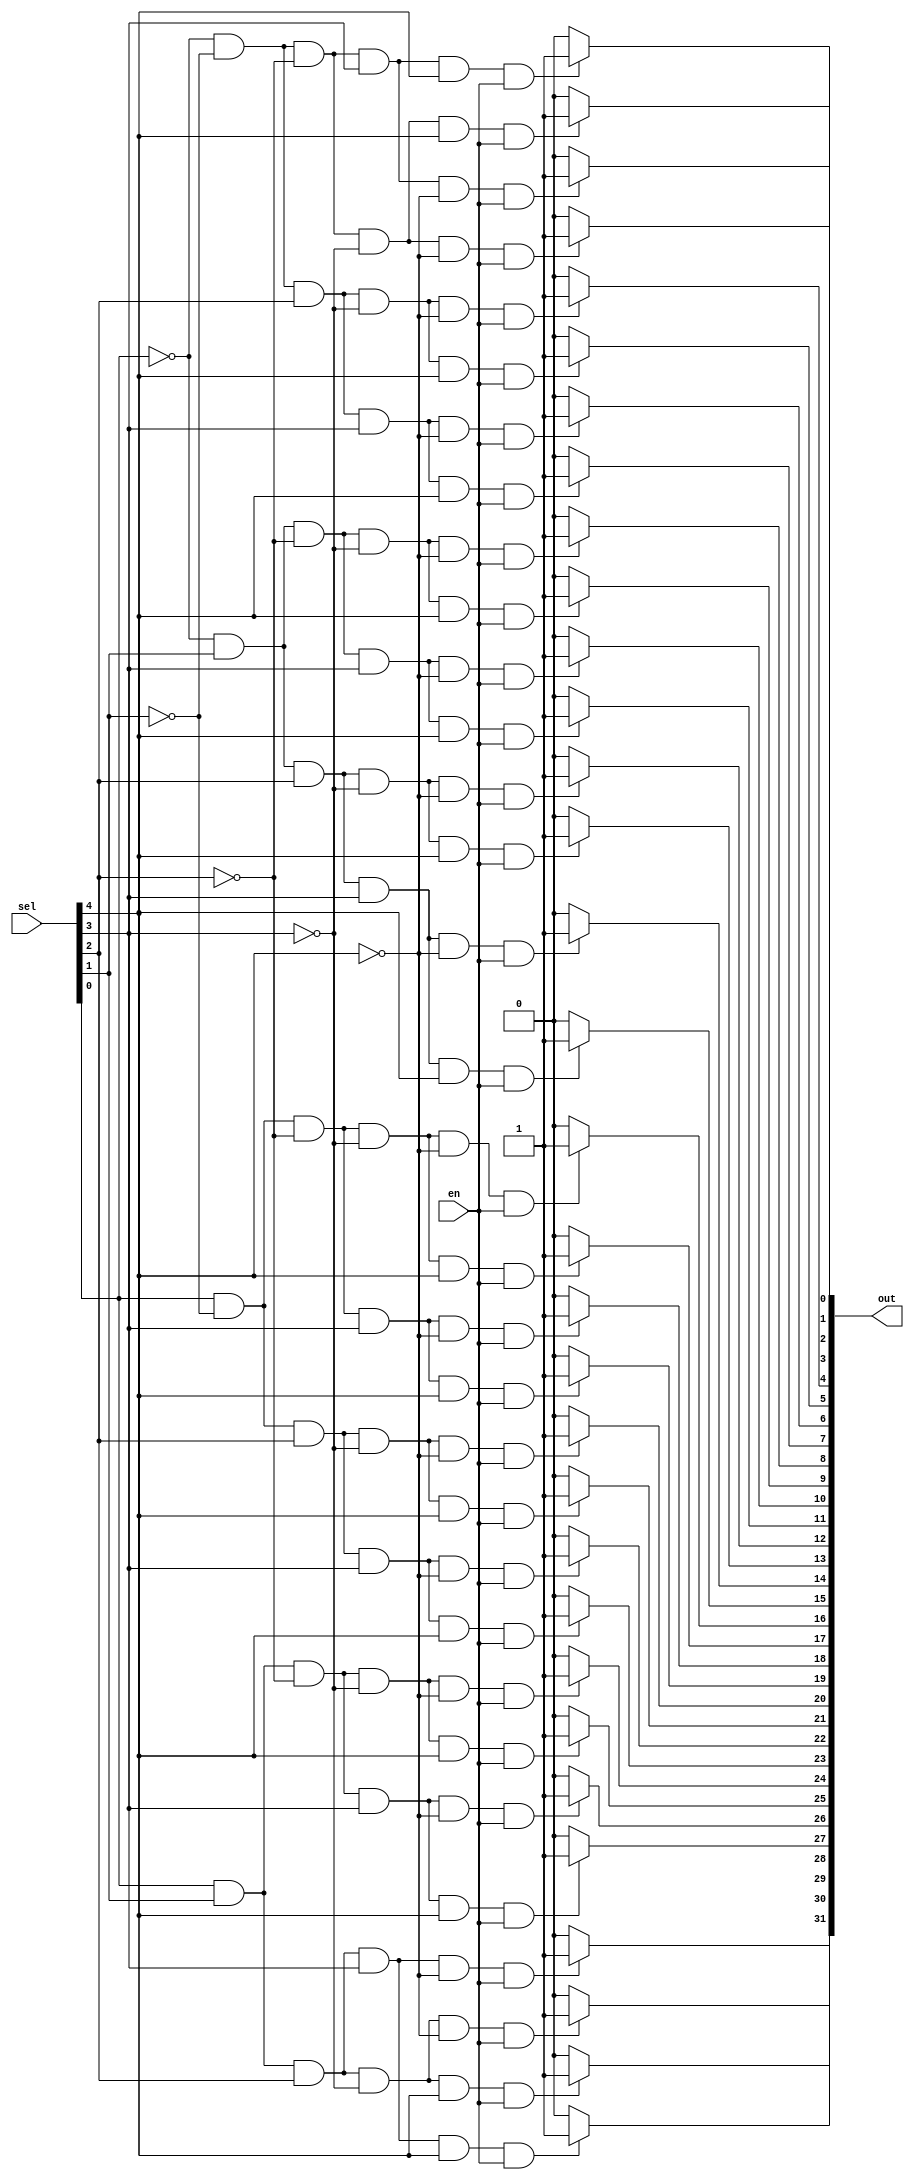
module decoder(sel, en, out);
	input [4:0]sel;
	input en;
	
	output [31:0]out;
	
	wire[31:0] andRes, andResEn;
	wire[4:0] nsel;
	
	genvar i;
	generate 
		for(i = 0 ; i < 5 ; i = i + 1) begin: loop
			not not0(nsel[i], sel[i]);
			
		end
		for(i = 0 ; i < 32 ; i = i + 1) begin: loop2
			and and0(andResEn[i], andRes[i], en);
			assign out[i] = andResEn[i] ? 1'b1 : 1'b0;
		end
	endgenerate
	
	and and0(andRes[0], nsel[0], nsel[1], nsel[2], nsel[3], nsel[4]);
	and and1(andRes[1], nsel[0], nsel[1], nsel[2], nsel[3], sel[4]);
	and and2(andRes[2], nsel[0], nsel[1], nsel[2], sel[3], nsel[4]);
	and and3(andRes[3], nsel[0], nsel[1], nsel[2], sel[3], sel[4]);
	and and4(andRes[4], nsel[0], nsel[1], sel[2], nsel[3], nsel[4]);
	and and5(andRes[5], nsel[0], nsel[1], sel[2], nsel[3], sel[4]);
	and and6(andRes[6], nsel[0], nsel[1], sel[2], sel[3], nsel[4]);
	and and7(andRes[7], nsel[0], nsel[1], sel[2], sel[3], sel[4]);
	and and8(andRes[8], nsel[0], sel[1], nsel[2], nsel[3], nsel[4]);
	and and9(andRes[9], nsel[0], sel[1], nsel[2], nsel[3], sel[4]);
	and and10(andRes[10], nsel[0], sel[1], nsel[2], sel[3], nsel[4]);
	and and11(andRes[11], nsel[0], sel[1], nsel[2], sel[3], sel[4]);
	and and12(andRes[12], nsel[0], sel[1], sel[2], nsel[3], nsel[4]);
	and and13(andRes[13], nsel[0], sel[1], sel[2], nsel[3], sel[4]);
	and and14(andRes[14], nsel[0], sel[1], sel[2], sel[3], nsel[4]);
	and and15(andRes[15], nsel[0], sel[1], sel[2], sel[3], sel[4]);
	and and16(andRes[16], sel[0], nsel[1], nsel[2], nsel[3], nsel[4]);
	and and17(andRes[17], sel[0], nsel[1], nsel[2], nsel[3], sel[4]);
	and and18(andRes[18], sel[0], nsel[1], nsel[2], sel[3], nsel[4]);
	and and19(andRes[19], sel[0], nsel[1], nsel[2], sel[3], sel[4]);
	and and20(andRes[20], sel[0], nsel[1], sel[2], nsel[3], nsel[4]);
	and and21(andRes[21], sel[0], nsel[1], sel[2], nsel[3], sel[4]);
	and and22(andRes[22], sel[0], nsel[1], sel[2], sel[3], nsel[4]);
	and and23(andRes[23], sel[0], nsel[1], sel[2], sel[3], sel[4]);
	and and24(andRes[24], sel[0], sel[1], nsel[2], nsel[3], nsel[4]);
	and and25(andRes[25], sel[0], sel[1], nsel[2], nsel[3], sel[4]);
	and and26(andRes[26], sel[0], sel[1], nsel[2], sel[3], nsel[4]);
	and and27(andRes[27], sel[0], sel[1], nsel[2], sel[3], sel[4]);
	and and28(andRes[28], sel[0], sel[1], sel[2], nsel[3], nsel[4]);
	and and29(andRes[29], sel[0], sel[1], sel[2], nsel[3], sel[4]);
	and and30(andRes[30], sel[0], sel[1], sel[2], sel[3], nsel[4]);
	and and31(andRes[31], sel[0], sel[1], sel[2], sel[3], sel[4]);
endmodule